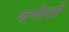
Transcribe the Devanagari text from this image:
कर्णदर्शी